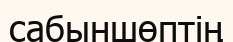
сабыншөптің